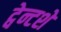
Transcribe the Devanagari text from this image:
ट्वेन्टशे